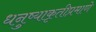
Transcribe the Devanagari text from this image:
धनुष्याकृतीप्रमाणे